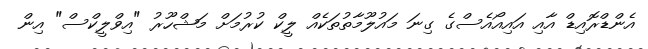
އެންޑްރޮއިޑް އާއި އައިއޯއެސްގެ ގިނަ މައުލޫމާތުތަކެއް ލީކް ކުރުމަށް މަޝްހޫރު "އިވްލީކްސް" އިން